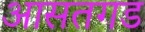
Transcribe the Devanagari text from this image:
आसतगड